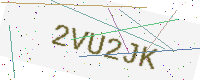
Text: 2VU2JK